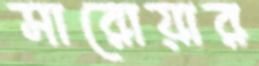
সারোয়ার